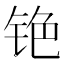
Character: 铯